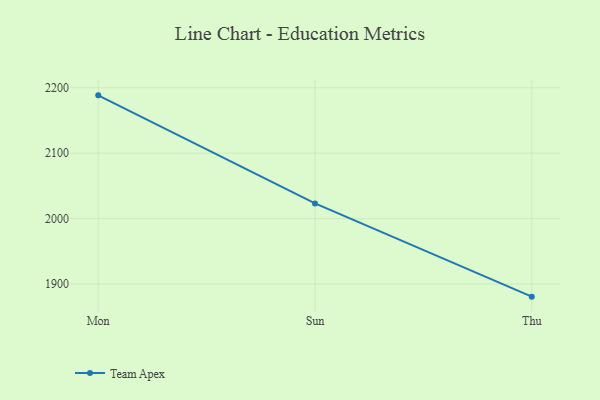
{"axis": {"x": "Day", "y": "Churn Rate (%)"}, "legend": ["Team Apex"], "data": [{"x": "Mon", "y": 2188.4, "type": "Team Apex"}, {"x": "Sun", "y": 2023.2, "type": "Team Apex"}, {"x": "Thu", "y": 1880.8, "type": "Team Apex"}]}